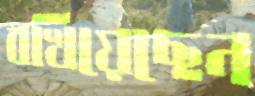
বখিয়েছেন